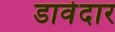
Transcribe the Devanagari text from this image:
डावेदार